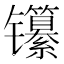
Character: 𬮃